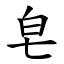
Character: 皂